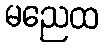
မညေထ